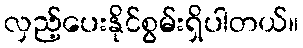
လှည့်ပေးနိုင်စွမ်းရှိပါတယ်။